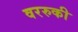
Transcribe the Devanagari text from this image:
वररुकी